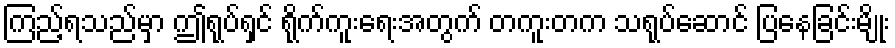
ကြည့်ရသည်မှာ ဤရုပ်ရှင် ရိုက်ကူးရေးအတွက် တကူးတက သရုပ်ဆောင် ပြနေခြင်းမျိုး